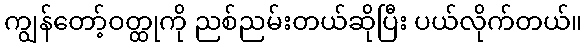
ကျွန်တော့်ဝတ္ထုကို ညစ်ညမ်းတယ်ဆိုပြီး ပယ်လိုက်တယ်။